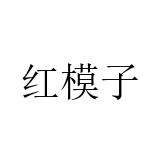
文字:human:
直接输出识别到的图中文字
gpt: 红模子